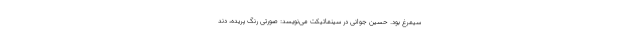
سیمرغ بود. حسین جوانی در سینماتیکت می‌نویسد: صورتی رنگ پریده، دند